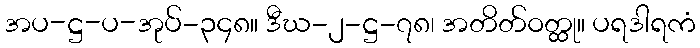
အပ-ဋ္ဌ-ပ-အုပ်-၃၄၈။ ဒီဃ-၂-ဋ္ဌ-၇၈၊ အတိတ်ဝတ္ထု။ ပရဒါရကံ